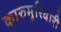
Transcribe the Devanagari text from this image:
कारुमुरिवारी